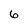
Character: 6